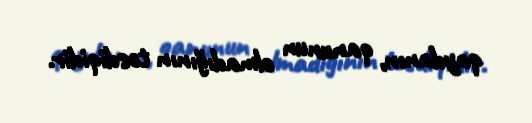
qaydanın, qanunun olmadığının təsdiqidir.